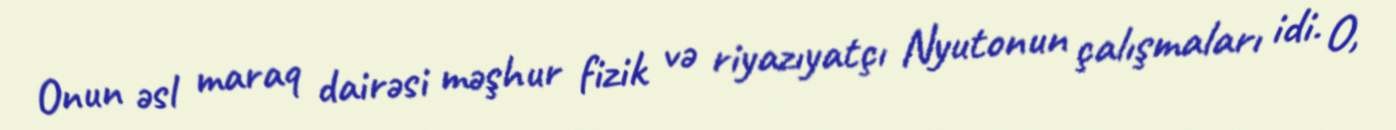
Onun əsl maraq dairəsi məşhur fizik və riyazıyatçı Nyutonun çalışmaları idi. O,